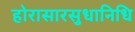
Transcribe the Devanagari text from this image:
होरासारसुधानिधि